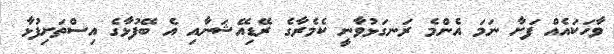
ވާހަކައެއް ފަށާ ނަމަ އެންމެ ރަނގަޅުވާނީ ކެމެރާގެ ރޭޑިއޭޝަނާއި އެ ބޭފުޅާގެ އިސްތަށިފުޅާ